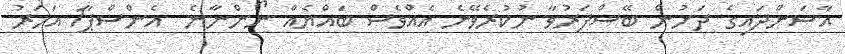
އާސަންދައިގެ ދަށުން ބޭސްފަރުވާ ނުކުރެވޭނެ އެއްވެސް ބައްޔެއް ނޯންނާނެ  އެންސްޕާ1 އަހަރު